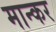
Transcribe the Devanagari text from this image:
मान्कर